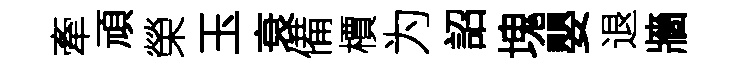
牽頑榮玉衰備檟为詔塊嬰退牆